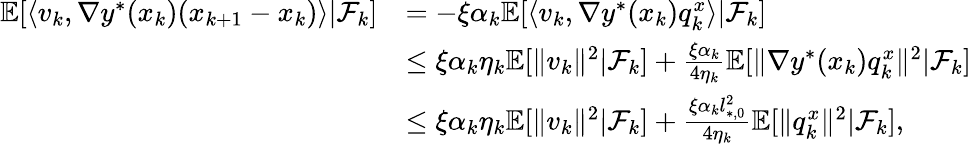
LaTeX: \begin{array}{rl}{\mathbb{E}[\langle v_{k},\nabla y^{*}(x_{k})(x_{k+1}-x_{k})\rangle|\mathcal{F}_{k}]}&{=-\xi\alpha_{k}\mathbb{E}[\langle v_{k},\nabla y^{*}(x_{k})q_{k}^{x}\rangle|\mathcal{F}_{k}]}\\ &{\le\xi\alpha_{k}\eta_{k}\mathbb{E}[\| v_{k}\| ^{2}|\mathcal{F}_{k}]+\frac{\xi\alpha_{k}}{4\eta_{k}}\mathbb{E}[\| \nabla y^{*}(x_{k})q_{k}^{x}\| ^{2}|\mathcal{F}_{k}]}\\ &{\le\xi\alpha_{k}\eta_{k}\mathbb{E}[\| v_{k}\| ^{2}|\mathcal{F}_{k}]+\frac{\xi\alpha_{k}l_{*,0}^{2}}{4\eta_{k}}\mathbb{E}[\| q_{k}^{x}\| ^{2}|\mathcal{F}_{k}],}\end{array}